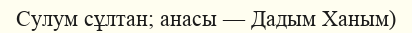
Сулум сұлтан; анасы — Дадым Ханым)